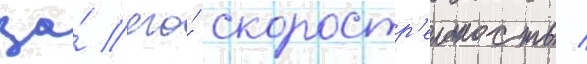
за́ его́ скоростр'ельность /